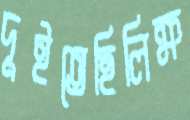
দুইতেছিলিক্ষ